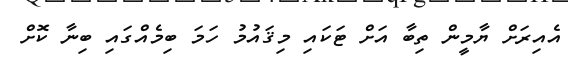
އެއިރަށް ޔާމީން ތިބާ އަށް ޓަކައި މިޤައުމު ހަމަ ބިމެއްގައި ބިނާ ކޮށް